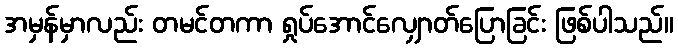
အမှန်မှာလည်း တမင်တကာ ရှုပ်အောင်လျှောတ်ပြောခြင်း ဖြစ်ပါသည်။